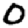
Digit: 0